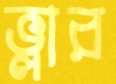
ভ্লার